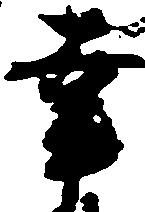
幸